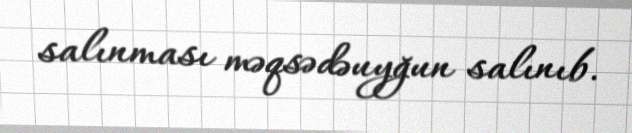
salınması məqsədəuyğun salınıb.